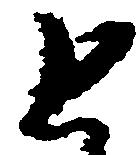
と